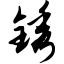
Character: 锈